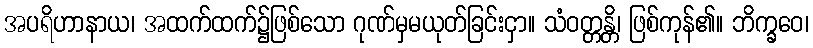
အပရိဟာနာယ၊ အထက်ထက်၌ဖြစ်သော ဂုဏ်မှမယုတ်ခြင်းငှာ။ သံဝတ္တန္တိ၊ ဖြစ်ကုန်၏။ ဘိက္ခဝေ၊